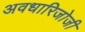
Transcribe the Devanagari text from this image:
अवधारिजोजी